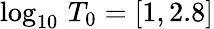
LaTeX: \log_{10}\, T_{0}=[1,2.8]